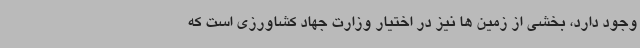
وجود دارد، بخشی از زمین ها نیز در اختیار وزارت جهاد کشاورزی است که